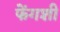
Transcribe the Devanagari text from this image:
फेंगशी